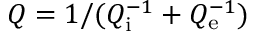
Q = 1 / ( Q _ { \mathrm { i } } ^ { - 1 } + Q _ { \mathrm { e } } ^ { - 1 } )